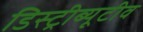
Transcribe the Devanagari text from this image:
डिस्ट्रीब्यूटीव